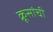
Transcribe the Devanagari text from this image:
क्रूसांची